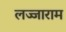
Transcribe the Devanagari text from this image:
लज्जाराम